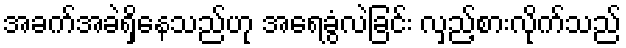
အခက်အခဲရှိနေသည်ဟု အရေခွံလဲခြင်း လှည့်စားလိုက်သည်